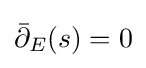
{\bar {\partial }}_{E}(s)=0